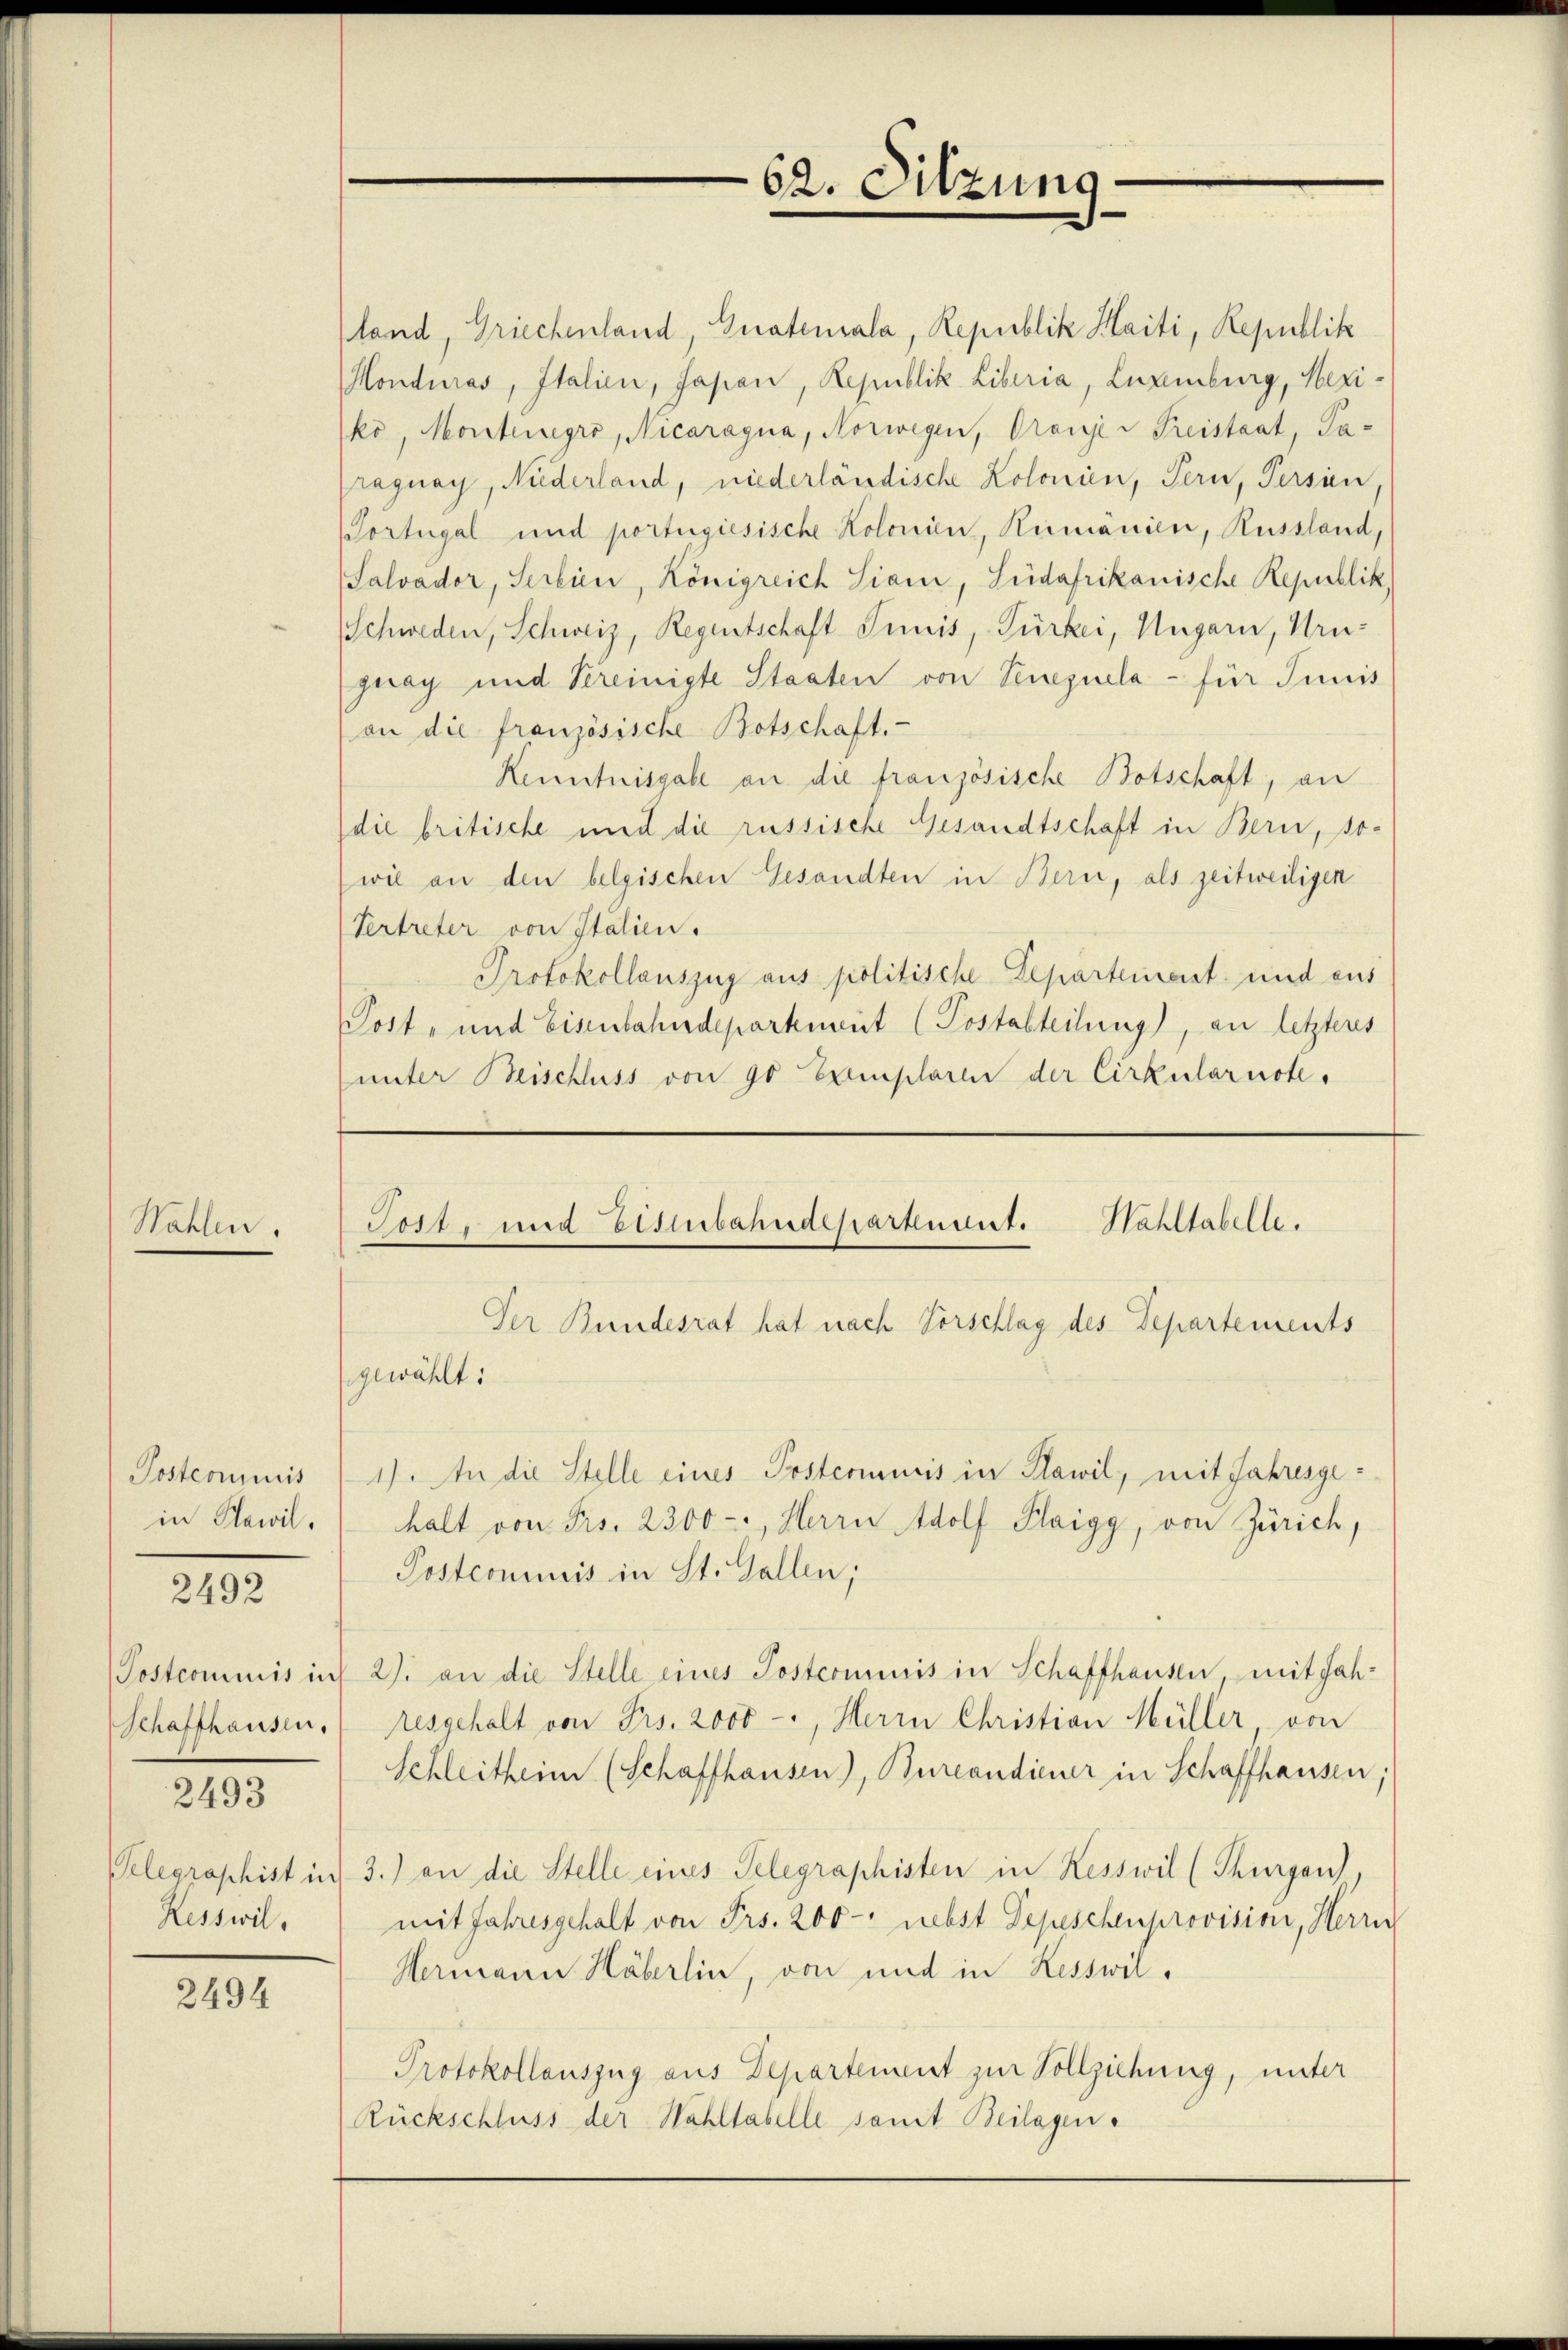
Wahlen

Postcommis
in Plawil.

2492

Schaffhausen,

2493

Resswil,

2494

land, Griechenland, Grateriala, Republik Haiti, Republik
Honduras, Italien, Jasion, Republik Liberia, Neuenburg, Meziko, Montengro, Nicaragua, Norwegen, Oranje Preistaat, Paraguay, Niderland, niederländische Kolonien, Tern, Person
Portugal und portugiesische Kolonien, Rumänien, Russland,
Salvador, Serbien, Königreich Sioni, Südafrikanische Republik
Schweden, Schweiz, Regentschaft Tunis, Fürkei, Ungarn, Uru-
guay und Vereinigte Staaten von Venezuela - für Junis
on die französische Botschaft.
Kenntnisgabe an die französische Botschaft, an
die britische und die russische Gesandtschaft in Bern, sowie an den belgischen Gesandten in Bern, als zeitweiligen
Vertreter von Italien.
Protokollauszug aus politische Departement und aus
Post- und Eisenbahndepartement (Postabteilung), an letzteres
unter Beischluss von 90 Exemplaren der Cirkularnote.

gewählt:
1). An die Stelle eines Posterimusis in Plawil, mit Jahresgehalt von Frs. 2300-, Herrn Adolf Plaigg, von Zürich,
Postcommis in St. Gallen;
Postcommis int 27. an die Stelle eines Postcommis in Schaffhausen mit Jahresgehalt von Frs. 2000 -, Herrn Christian Müller, von
Schleitheim (Schaffhausen), Burcandiener in Schaffhausen,
Telegraphist in 3.) an die Stelle eines Telegraphisten in Kesswil (Thurgau.
mit Jahresgehalt von Frs. 200 - nebst Depeschenprovision, Herrn
Hermann Häberlin, von und in Kesswil¬
Protokollauszug aus Departement zur Vollziehung, unter
Rückschluss der Wahltabelle samt Beilagen.

62. Sitzung

Tost, und Eisenbahndepartement. Hahltabelle.
Der Bundesrat hat nach Vorschlag des Departements